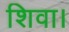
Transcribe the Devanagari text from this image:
शिवा।